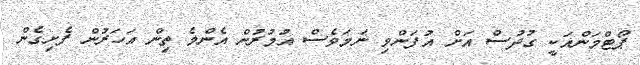
ޕޯޓްމަންއަކީ ގުދުސް އަށް އުފަންވި ނަމަވެސް އުމުރުން އެންމެ ތިން އަހަރުން ފެށިގެން